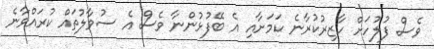
ވެސް ފުލުހަށް ހާޒިރުކުރާނެ ކަމަށާއި އެ ބޭފުޅުންނާ ވެސް އެ ސުވާލުތައް ކުރައްވާނެ